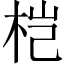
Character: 桤